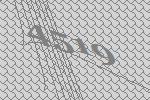
4519